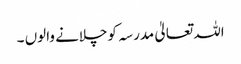
اللہ تعالیٰ مدرسہ کوچلانے والوں ۔